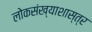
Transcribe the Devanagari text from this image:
लोकसंख्याशास्त्र